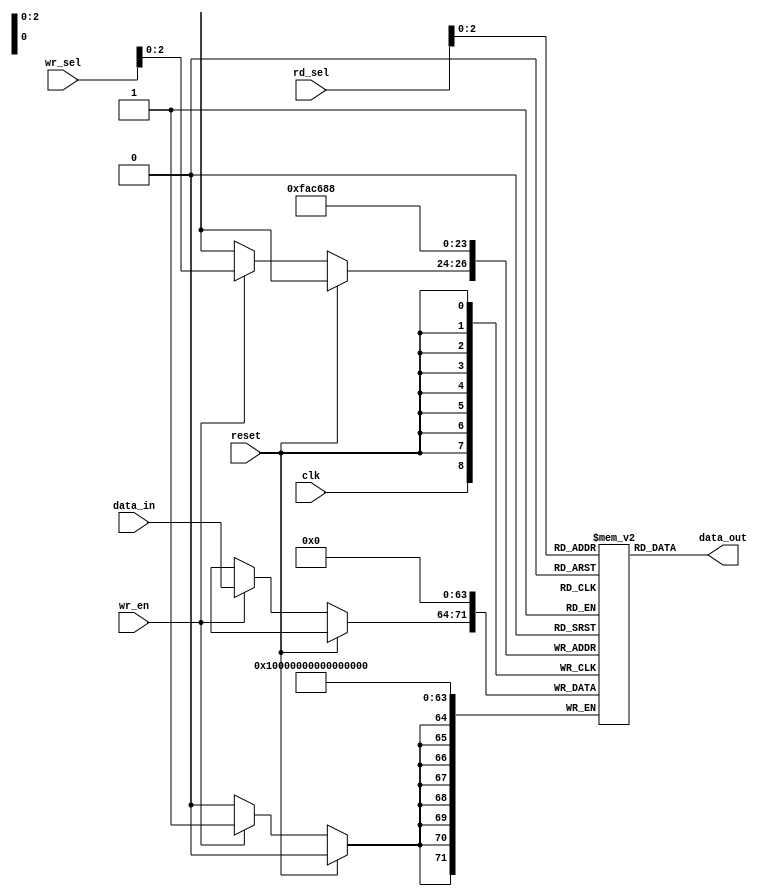
`timescale 1ns / 1ns
module RF(clk, reset, rd_sel, wr_sel, wr_en, data_in, data_out);
    input clk;
    input reset;
    input [3:0] rd_sel;
    input [3:0] wr_sel;
    input wr_en;
    input [7:0] data_in;
    output reg [7:0] data_out;
    reg [7:0] r [7:0];
    integer i;

    always @(posedge clk)
    begin
        if(reset == 1'b0)
        begin
            if(wr_en)
                r[wr_sel] <= data_in;
        end
    end

    always @(*)
    begin
        data_out <= r[rd_sel];
    end

    always @(posedge reset)
    begin
        for(i = 0; i < 8; i = i + 1)
        begin
            r[i] <= 8'b0;
        end
    end

endmodule